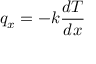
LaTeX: q _ { x } = - k { \frac { d T } { d x } }